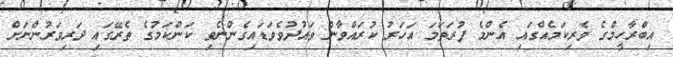
އިބްރާހީމްގެ ވެރިކަމެއްގައި އެންމެ ފުރަތަމަ އަހަރު ކުރައްވާން ވައުދުވެވަޑައިގެންނެވި ކަންކަމުގެ ތެރޭގައި ދަރިވަރުންނަށް